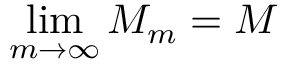
\operatorname* { l i m } _ { m \to \infty } M _ { m } = M